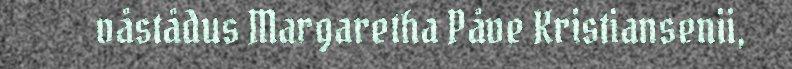
våstådus Margaretha Påve Kristiansenii,